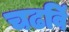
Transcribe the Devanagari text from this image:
चढविं